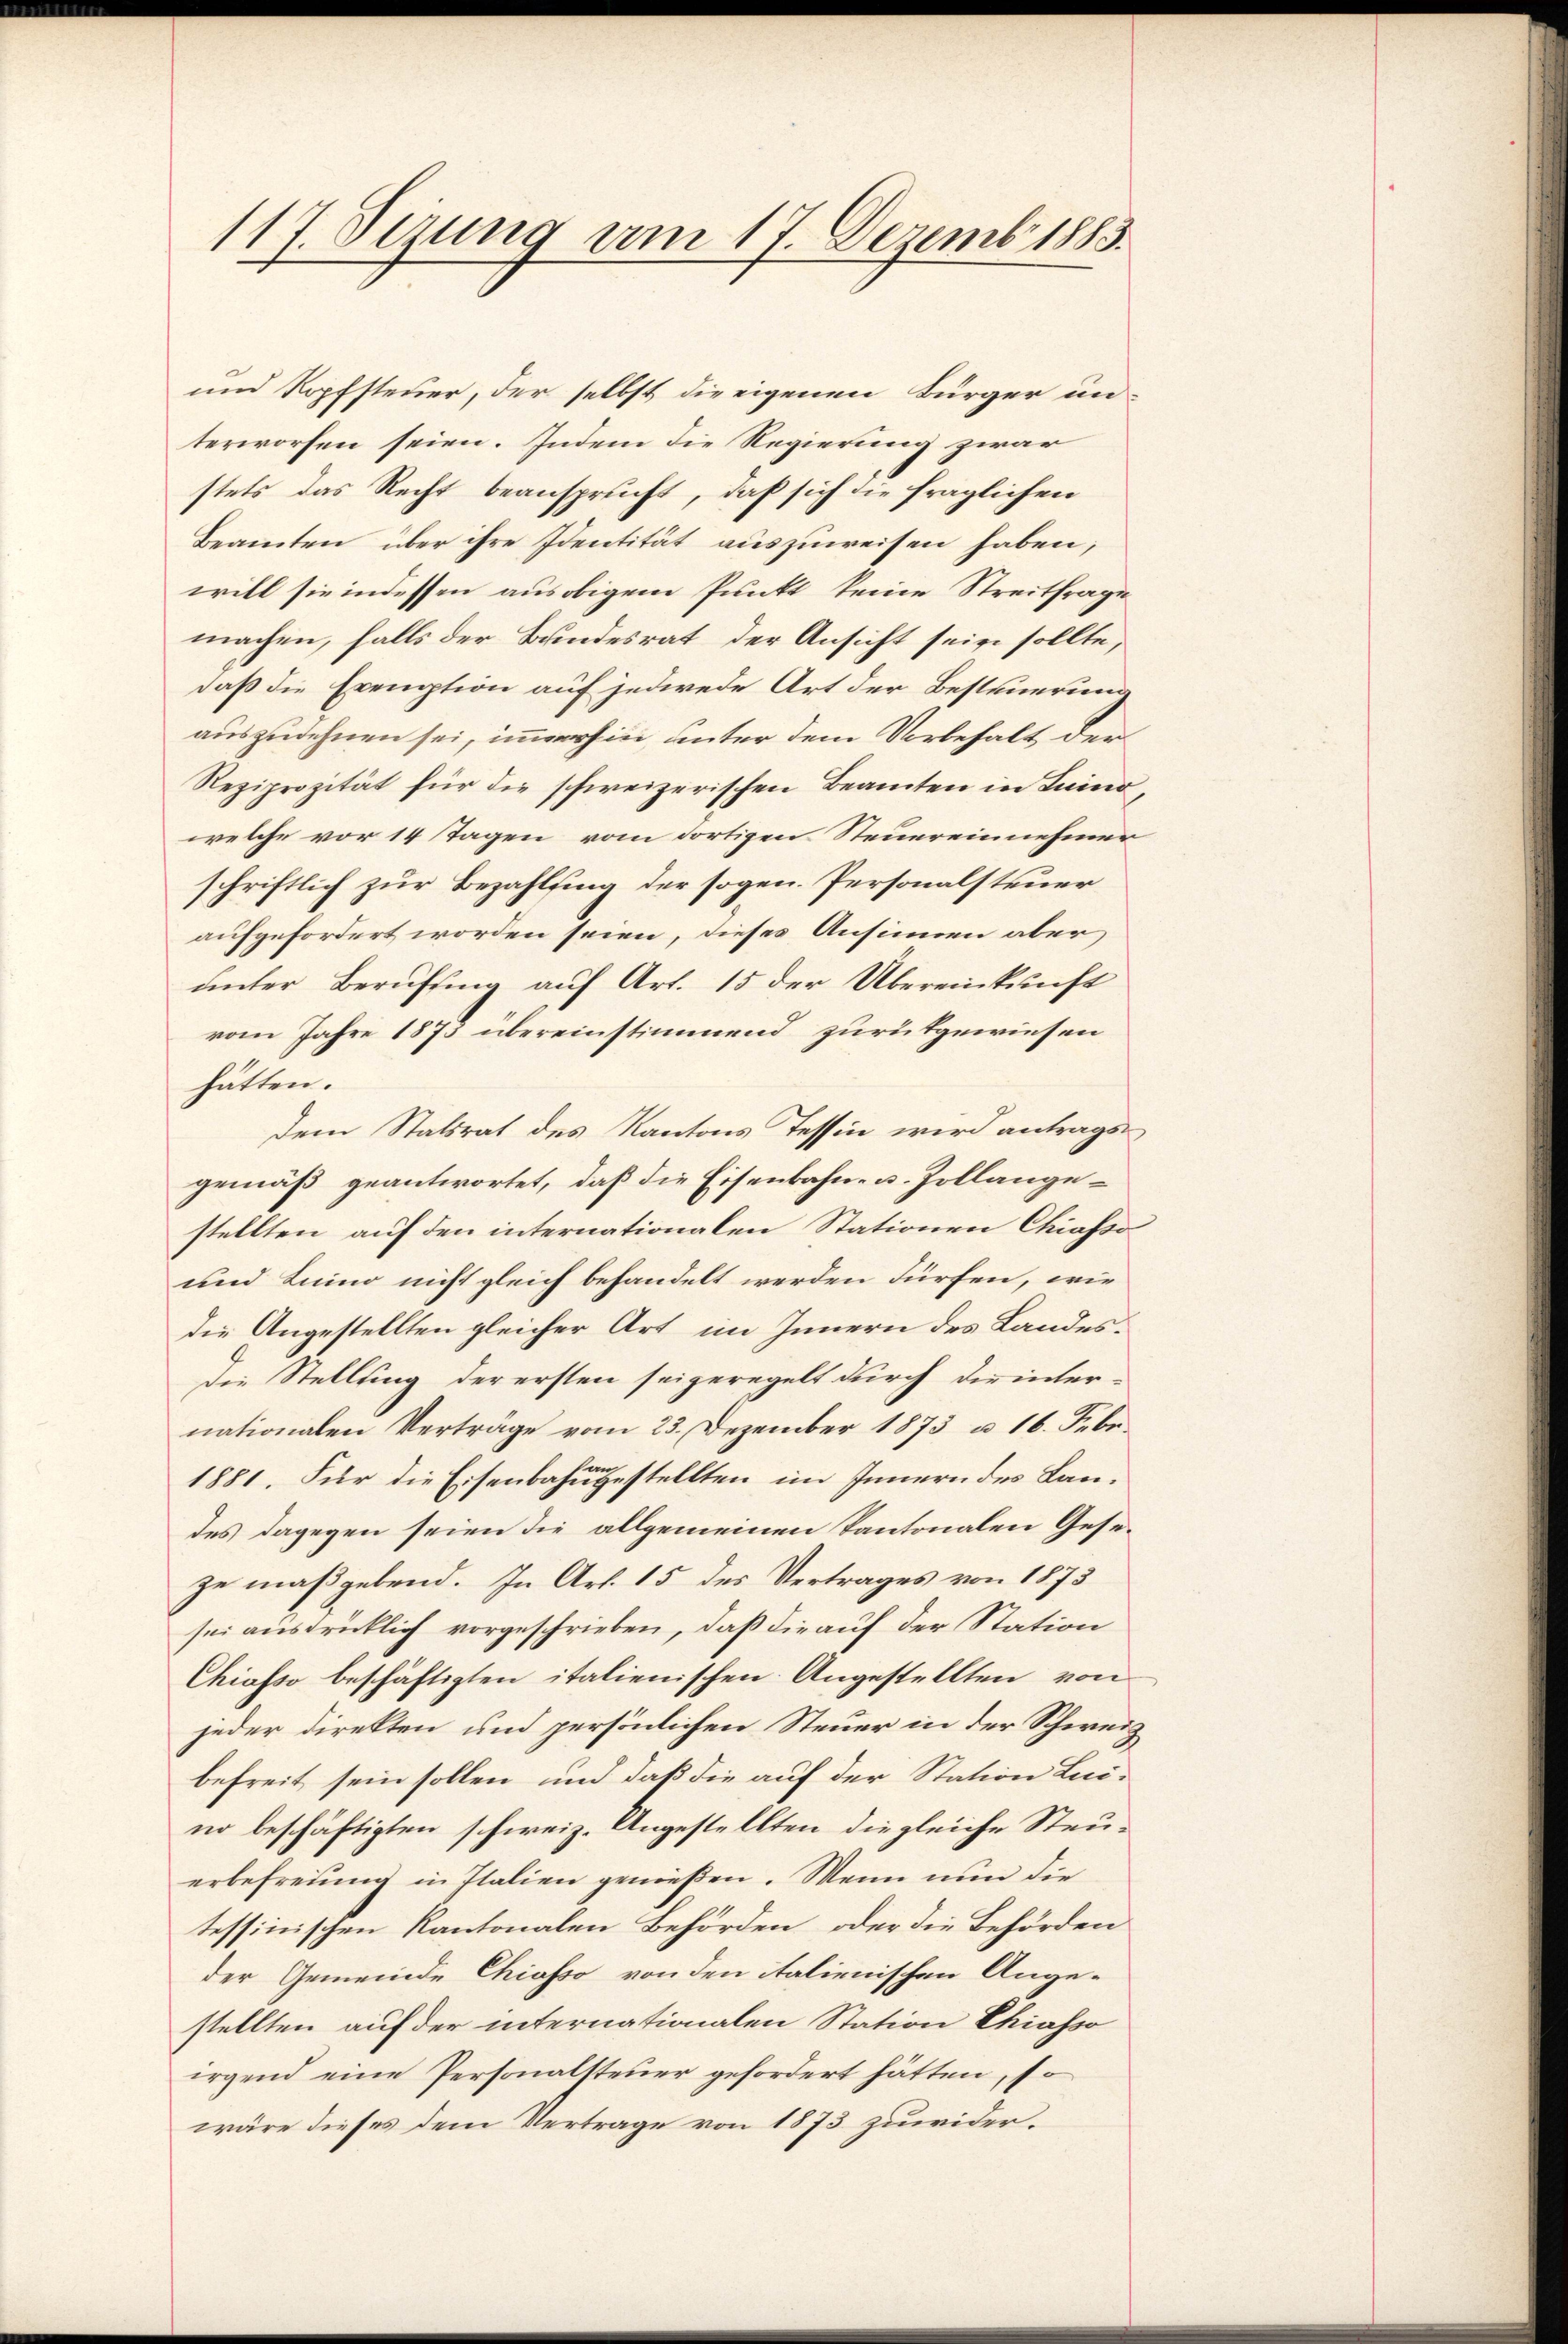
117. Sezung am 17. Dezemb. 1883.

und Kopfsteuer, der selbst die eigenen Bürger un-
terworfen seien. Indem die Regierung zwar
stets das Recht beansprucht, daß sich die fraglichen
Beamten über ihre Identität auszuweisen haben,
will sie indessen aus obigem Punkt keine Streitfrage
machen, falls der Bundesrat der Ansicht sein sollte,
daß die Exemption auf jedwede Art der Besteuerung
auszudehnen sei, immerhin, unter dem Vorbehalt der
Reziprozität für die schweizerischen Beamten in Luino
welche vor 14 Tagen vom dortigen Steuereinnehmer
schriftlich zur Bezahlung der sogen. Personalsteuer
aufgefordert worden seien, dieses Ansinnen aber
unter Berufung auf Art. 15 der Übereinkunft
vom Jahre 1873 übereinstimmend zurükgewiesen
hätten.
dem Statsrat des Kantons Tessin wird antrags
gemäß geantwortet, daß die Eisenbahn- u. Zollangestellten auf den internationalen Stationen Chiasso
und Luino nicht gleich behandelt werden dürfen, wie
die Angestellten gleicher Art im Innern des Landes¬
Die Stellung der ersten seigeregelt durch dirinter-
nationalen Verträge vom 23. Dezember 1873 u. 16. Febr.
1881. Für die Eisenbahngestellten im Innern des Landes dagegen seien die allgemeinen Kantonalen Geseze maßgebend. In Art. 15 des Vertrages von 1873
sei ausdrücklich vorgeschrieben, daß die auf der Station
Chiasso beschäftigten italienischen Angestellten von
jeder direkten und persönlichen Steuer in der Schweiz
befreit sein sollen und daß die auf der Station Lui-
no beschäftigten schweiz. Ungestellten die gleiche Steuerbefreiung in Italien genießen. Wenn nun die
tessinischen Kantonalen Behörden, oder die Behörden
der Gemeinde Chiasso von den italienischen Ange-
stellten auf der internationalen Station Chiasso
irgend eine Personalsteuer gefordert hätten, so
wäre dieses dem Vertrage von 1873 zuwider¬